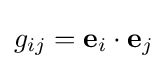
g_{ij}=\mathbf {e} _{i}\cdot \mathbf {e} _{j}